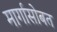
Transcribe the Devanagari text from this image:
मार्गासोबत